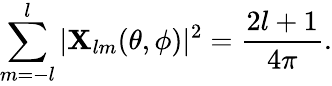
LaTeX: \sum_{m=-l}^{l}|{\mathbf X}_{lm}(\theta,\phi)|^{2}={\frac{2l+1}{4\pi}}.